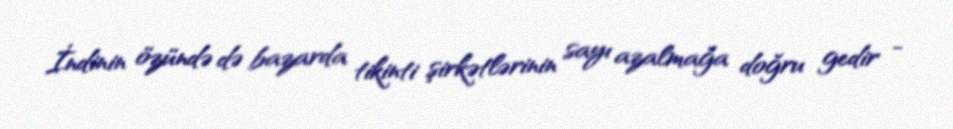
İndinin özündə də bazarda tikinti şirkətlərinin sayı azalmağa doğru gedir -